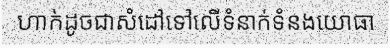
ហាក់ដូចជាសំដៅទៅលើទំនាក់ទំនងយោធា